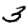
Digit: 3